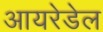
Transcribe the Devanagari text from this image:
आयरेडेल